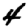
Digit: 4